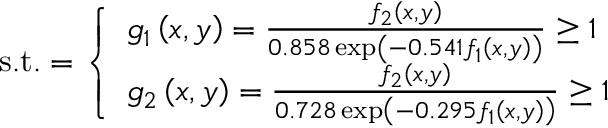
{ \mathrm { s . t . } } = { \left\{ \begin{array} { l l } { g _ { 1 } \left( x , y \right) = { \frac { f _ { 2 } \left( x , y \right) } { 0 . 8 5 8 \exp \left( - 0 . 5 4 1 f _ { 1 } \left( x , y \right) \right) } } \geq 1 } \\ { g _ { 2 } \left( x , y \right) = { \frac { f _ { 2 } \left( x , y \right) } { 0 . 7 2 8 \exp \left( - 0 . 2 9 5 f _ { 1 } \left( x , y \right) \right) } } \geq 1 } \end{array} \right. }